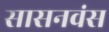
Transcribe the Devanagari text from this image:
सासनवंस